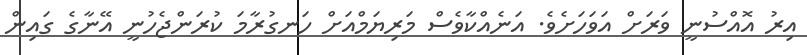
އިރު އޮއްސުނީ ވަރަށް އަވަހަށެވެ. އަނެއްކާވެސް މަރިޔަމްއަށް ހަނގުރާމަ ކުރަންޖެހުނީ އޭނާގެ ގައިން